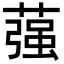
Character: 蔃